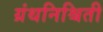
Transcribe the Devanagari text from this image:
ग्रंथनिश्चिती